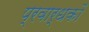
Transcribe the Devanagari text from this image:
प्रवार्धकों